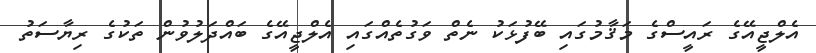
އެލްޖީއޭގެ ރައީސްގެ މަޤާމުގައި ބޭފުޅަކު ނެތް ވަގުތެއްގައި އެލްޖީއޭގެ ބައްދަލުވުން ތަކުގެ ރިޔާސަތު